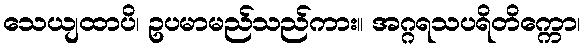
သေယျထာပိ၊ ဥပမာမည်သည်ကား။ အဂ္ဂရသပရိတိက္ကော၊